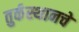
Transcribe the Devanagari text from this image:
तुर्कस्थानचे